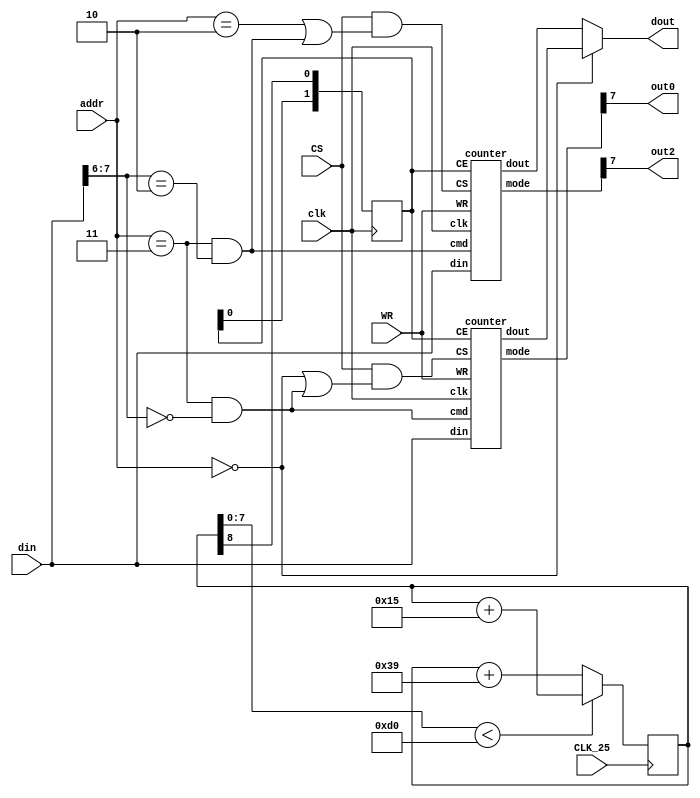
//////////////////////////////////////////////////////////////////////////////////
//
// This file is part of the Next186 Soc PC project
// http://opencores.org/project,next186
//
// Description: Part of the Next186 SoC PC project, timer
// 	8253 simplified timer (no gate, only counters 0 and 2, no read back command)
// Version 1.0
//
//
/////////////////////////////////////////////////////////////////////////////////
// 
// Copyright (C) 2012 Nicolae Dumitrache
// 
// This source file may be used and distributed without 
// restriction provided that this copyright statement is not 
// removed from the file and that any derivative work contains 
// the original copyright notice and the associated disclaimer.
// 
// This source file is free software; you can redistribute it 
// and/or modify it under the terms of the GNU Lesser General 
// Public License as published by the Free Software Foundation;
// either version 2.1 of the License, or (at your option) any 
// later version. 
// 
// This source is distributed in the hope that it will be 
// useful, but WITHOUT ANY WARRANTY; without even the implied 
// warranty of MERCHANTABILITY or FITNESS FOR A PARTICULAR 
// PURPOSE. See the GNU Lesser General Public License for more 
// details. 
// 
// You should have received a copy of the GNU Lesser General 
// Public License along with this source; if not, download it 
// from http://www.opencores.org/lgpl.shtml 
// 
///////////////////////////////////////////////////////////////////////////////////
// Additional Comments: 
// http://wiki.osdev.org/Programmable_Interval_Timer
//////////////////////////////////////////////////////////////////////////////////

`timescale 1ns / 1ps

module timer_8253(
    input CS,
	 input WR,
    input [1:0]addr,
	 input [7:0]din,
	 output wire [7:0]dout,
	 input CLK_25,
	 input clk,		// cpu CLK
	 output out0,
	 output out2
    );
	 
	reg [8:0]rclk = 0; // rclk[8] oscillates at 1193181.8181... Hz
	reg [1:0]cclk = 0;

	always @(posedge CLK_25) begin
		if(rclk[7:0] < 8'd208) rclk <= rclk + 21;
		else rclk <= rclk + 57;
	end
	
	always @ (posedge clk) begin
		cclk <= {cclk[0], rclk[8]};
	end
	
	wire a0 = addr == 0;
	wire a2 = addr == 2;
	wire a3 = addr == 3;
	wire cmd0 = a3 && din[7:6] == 0;
	wire cmd2 = a3 && din[7:6] == 2;
	wire [7:0]dout0;
	wire [7:0]dout2;
	wire [7:0]mode0;
	wire [7:0]mode2;
	
	counter counter0 (
		 .CS(CS && (a0 || cmd0)),
		 .WR(WR), 
		 .clk(clk), 
		 .cmd(cmd0), 
		 .din(din), 
		 .dout(dout0), 
		 .mode(mode0), 
		 .CE(cclk)
    );

	counter counter2 (
		 .CS(CS && (a2 || cmd2)),
		 .WR(WR), 
		 .clk(clk), 
		 .cmd(cmd2), 
		 .din(din), 
		 .dout(dout2), 
		 .mode(mode2), 
		 .CE(cclk)
		 );

	assign out0 = mode0[7];
	assign out2 = mode2[7];
	assign dout = 	a0 ? dout0 : dout2;
	
endmodule


module counter(
	 input CS,
    input WR,	// write cmd/data
	 input clk,	// CPU clk
    input cmd,
	 input [7:0]din,
	 output [7:0]dout,
	 output reg [7:0]mode,	// mode[7] = output
	 input [1:0]CE	// count enable
    );
	 
	 reg [15:0]count = 0;
	 reg [15:0]init = 0;
	 reg [1:0]state = 0; // state[1] = init reg filled
	 reg strobe = 0;
	 reg rd = 0;
	 reg latch = 0;
	 reg newcmd = 0;
	 wire c1 = count == 1;
	 wire c2 = count == 2;
	 reg CE1 = 0;
	 
	 assign dout = mode[5] & (~mode[4] | rd) ? count[15:8] : count[7:0];
	 
	always @(posedge clk) begin
		
		if(CE == 2'b10) CE1 <= 1;

		if(CS) begin
			if(WR) begin
				mode[6] <= 1;
				rd <= 0;
				latch <= 0;
				if(cmd) begin	// command
					if(|din[5:4]) begin
						mode[5:0] <= din[5:0];
						newcmd <= 1;
						state <= {1'b0, din[5] & ~din[4]};
					end else latch <= &mode[5:4];
				end else begin	// data
					state <= state[0] + ^mode[5:4] + 1;
					if(state[0]) init[15:8] <= din;
					else init[7:0] <= din;
				end
			end else begin
				rd <= ~rd;
				if(rd) latch <= 0;
			end
		end else if(state[1] && CE1 && !latch) begin
			newcmd <= 0;
			CE1 <= 0;
			case(mode[3:1])
				3'b000, 3'b001:
					if(mode[6]) begin
						mode[7:6] <= 2'b00;
						count <= init;
					end else begin
						count <= count - 1;
						if(c1) mode[7] <= 1;
					end
				3'b010, 3'b110: begin
					mode[7] <= ~c2;
					if(c1 | newcmd) begin
						mode[6] <= 1'b0;
						count <= init;
					end else count <= count - 1;
				end
				3'b011, 3'b111: begin
					if(c1 | c2 | newcmd) begin
						mode[7:6] <= {~mode[7] | newcmd, 1'b0};
						count <= {init[15:1], (~mode[7] | newcmd) & init[0]};
					end else count <= count - 2;
				end
				3'b100, 3'b101:
					if(mode[6]) begin
						mode[7:6] <= 2'b10;
						count <= init;
						strobe <= 1;
					end else begin
						count <= count - 1;
						if(c1) begin
							if(strobe) mode[7] <= 0;
							strobe <= 0;
						end else mode[7] <= 1;
					end
			endcase
		end
	end

endmodule